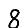
Digit: 8